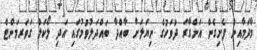
މާދަމާއިން ފެށިގެން އަންގާރަ ދުވަހުގެ ނިޔަލަށް ބާއްދާ ބައްދަލުވުމުގައި އަދި ލޯކަލް ގަވަރމަންޓް